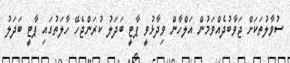
ސުވާލުތަކަށް ޖަވާބުދެއްވަމުން އަލްހާން ވިދާޅުވީ ޕާޓީ ބަދަލު ކުރަންޖެހޭ ހާލަތުގައި ޕާޓީ ބަދަލު